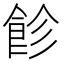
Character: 飻